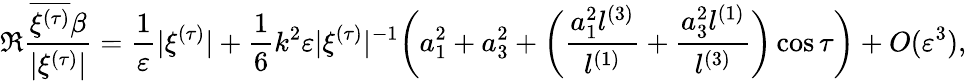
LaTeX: \Re\frac{\overline{{{\xi}^{(\tau)}}}\beta}{|\xi^{(\tau)}|}=\frac 1{\varepsilon}|\xi^{(\tau)}|+\frac{1}{6}k^{2}\varepsilon|\xi^{(\tau)}|^{-1}\biggl(a_{1}^{2}+a_{3}^{2}+\biggl(\frac{a_{1}^{2}l^{(3)}}{l^{(1)}}+\frac{a_{3}^{2}l^{(1)}}{l^{(3)}}\biggr)\cos\tau\biggr)+O(\varepsilon^{3}),